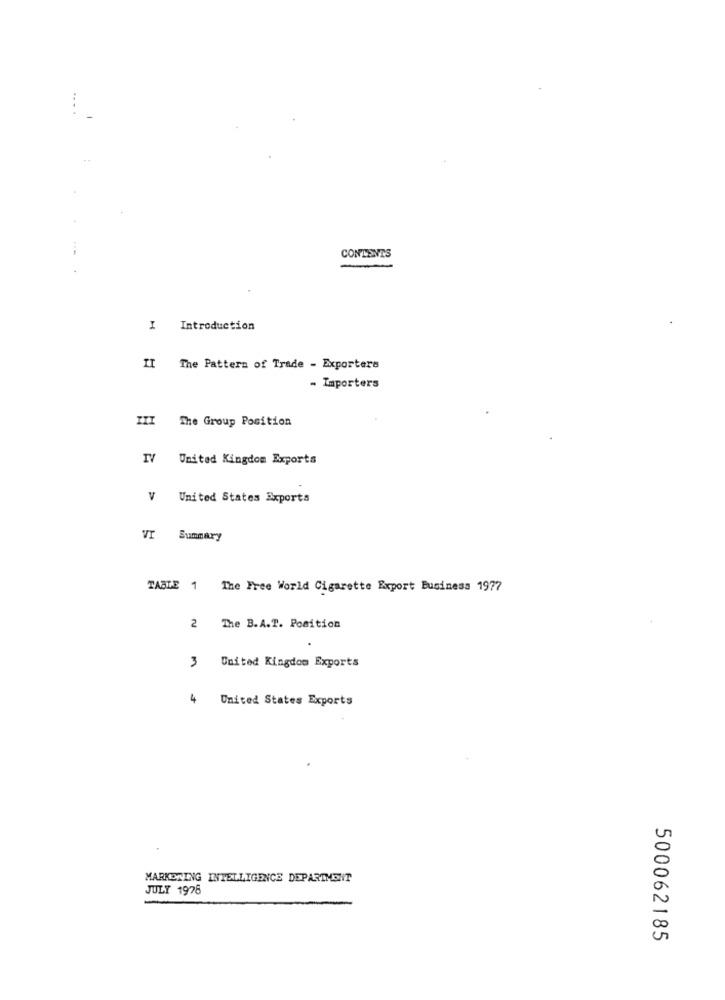
...
CONTENTS
I Introduction
II The Pattern of Trade - Exporters
- Importers
III The Group Position
IV United Kingdom Exports
V United States Exports
VI Summary
TABLE 1 The Free World Cigarette Export Business 1977
2 The B.A.T. Position
United Kingdom Exports
m
4
United States Exports
MARKETING INTELLIGENCE DEPARTMENT
JULY 1976
500062185